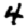
Digit: 4